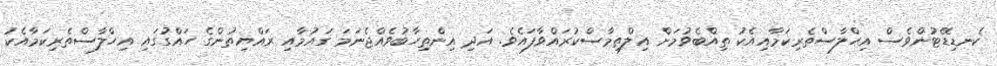
ކެނޑިޑޭޓުންވެސް އިހްލާސްތެރިކަމާއިއެކު ތިއްބެވުމަށް އިލްތިމާސްކުރައްވާފައެވެ. އަދި އިންތިހާބުވެއްޖެނަމަ ގައުމާއި ރައްޔިތުންގެ ހައްގުގައި އިހްލާސްތެރިކަމާއެކު